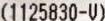
(1125830-V)